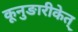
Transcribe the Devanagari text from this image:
कूनुङारीकेत्